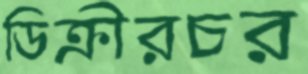
ডিক্রীরচর